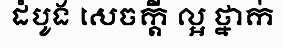
ដំបូង សេចក្តី ល្អ ថ្នាក់